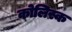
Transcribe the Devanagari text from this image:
कोलिस्क